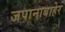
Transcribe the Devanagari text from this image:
जपानाबाहेर